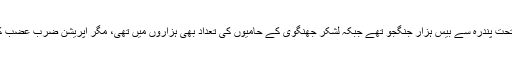
یہ بھی ذہن میں رہے کہ ٹی ٹی پی کے تحت پندرہ سے بیس ہزار جنگجو تھے جبکہ لشکر جھنگوی کے حامیوں کی تعداد بھی ہزاروں میں تھی، مگر آپریشن ضرب عضب کے سامنے یہ موم کی طرح پگھل گئے۔